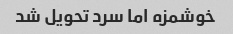
خوشمزه اما سرد تحویل شد